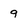
Character: 9